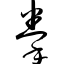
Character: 拳